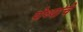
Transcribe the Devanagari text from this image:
पोथ्यांचे